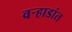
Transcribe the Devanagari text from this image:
वर्‍हाडांत